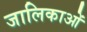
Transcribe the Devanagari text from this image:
जालिकाओं